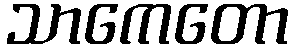
သာကေတော